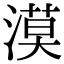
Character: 漠